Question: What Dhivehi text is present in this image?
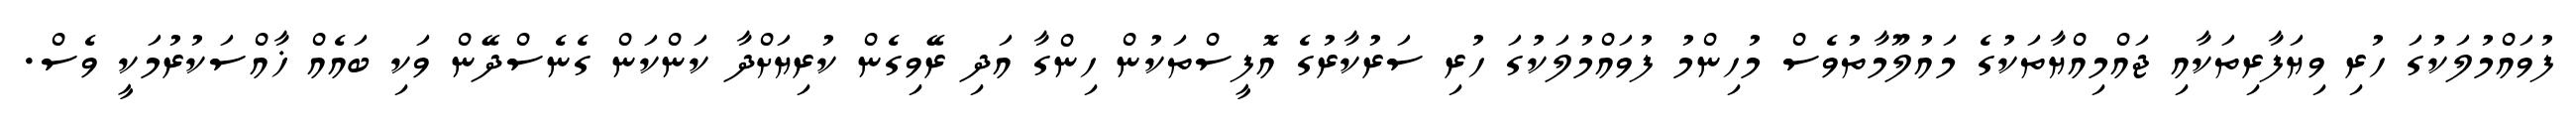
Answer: ފުވައްމުލަކުގަ ހުރި ވިޔަފާރިތަކާއި ޖައްމިއްޔާތަކުގެ މައުލޫމާތުވެސް މުހިންމު ފުވައްމުލަކުގަ ހުރި ސަރުކާރުގެ އޮފީސްތަކުން ހިންގާ އަދި ރޭވިގެން ކުރިޔަށްދާ ކަންކަން ގެނެސްދޭން ވަކި ބައެއް ޚާއްސަކުރުމަކީ ވެސް.